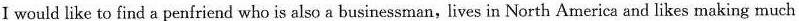
I would like to find a penfriend who is also a businessman，lives in North America and likes making much